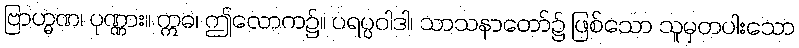
ဗြာဟ္မဏ၊ ပုဏ္ဏား။ ဣဓ၊ ဤလောက၌။ ပရပ္ပဝါဒါ၊ သာသနာတော်၌ ဖြစ်သော သူမှတပါးသော